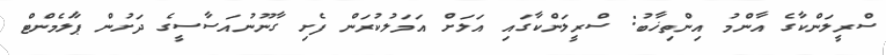
ސްރީލަންކާގެ އާންމު އިންތިޚާބު: ސްރީލަންކާގައި އަލަށް އަމަލުކުރަން ފެށި ގާނޫނުއަސާސީގެ ދަށުން ޕާލަމެންޓް